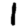
Digit: 1